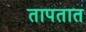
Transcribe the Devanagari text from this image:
तापतात